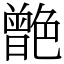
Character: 䒏